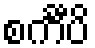
စင်္ကီပိ